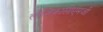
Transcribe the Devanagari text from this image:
लोजिकासीएमजी